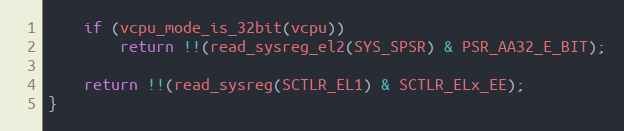
Language: C
	if (vcpu_mode_is_32bit(vcpu))
		return !!(read_sysreg_el2(SYS_SPSR) & PSR_AA32_E_BIT);

	return !!(read_sysreg(SCTLR_EL1) & SCTLR_ELx_EE);
}